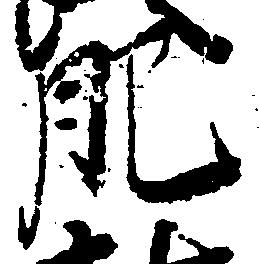
肥